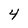
Character: 4